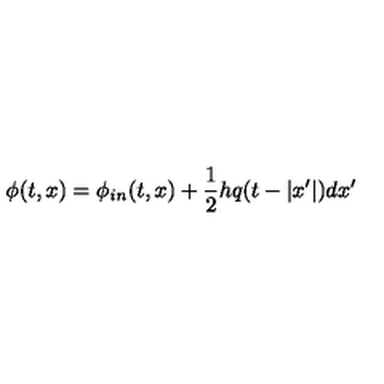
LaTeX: \phi ( t , x ) = \phi _ { i n } ( t , x ) + { \frac { 1 } { 2 } } h q ( t - | x ^ { \prime } | ) d x ^ { \prime }